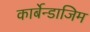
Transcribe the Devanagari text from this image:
कार्बेन्डाजिम